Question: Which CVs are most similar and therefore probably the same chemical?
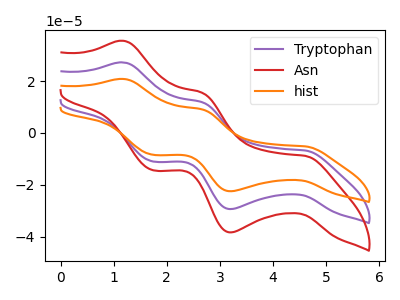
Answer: <think>The purple curve "Tryptophan" has anodic peaks at (1.20V, 27.20uA) (2.65V, 11.85uA) and cathodic peaks at (4.60V, -6.75uA) (3.20V, -29.40uA) (1.75V, -11.05uA). The red curve "Asn" has anodic peaks at (1.20V, 35.55uA) (2.65V, 15.50uA) and cathodic peaks at (4.60V, -8.85uA) (3.20V, -38.40uA) (1.75V, -14.40uA). The orange curve "hist" has anodic peaks at (1.20V, 54.45uA) (2.65V, 23.75uA) and cathodic peaks at (4.60V, -13.55uA) (3.20V, -58.75uA) (1.75V, -22.05uA).
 All the peaks in "Tryptophan" have a peak in "Asn" at the same potential. Every peak in "Tryptophan" is lower than every peak in "Asn". All the peaks in "Tryptophan" have a peak in "hist" at the same potential. Every peak in "Tryptophan" is lower than every peak in "hist". All the peaks in "Asn" have a peak in "hist" at the same potential. Every peak in "Asn" is lower than every peak in "hist".</think>
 <answer>"Asn", "Tryptophan" and "hist" have the same shape and are likely CV's of the same chemical.</answer>
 <eval>"Asn" "Tryptophan" "hist"</eval>